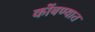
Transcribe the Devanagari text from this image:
कोंबण्यात